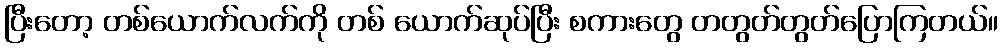
ပြီးတော့ တစ်ယောက်လက်ကို တစ် ယောက်ဆုပ်ပြီး စကားတွေ တတွတ်တွတ်ပြောကြတယ်။